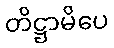
တိဋ္ဌာမိပေ